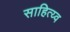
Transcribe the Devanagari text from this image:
साहित्य्व